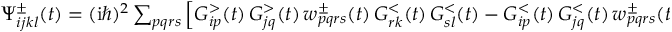
\begin{array} { r } { \Psi _ { i j k l } ^ { \pm } ( t ) = ( \mathrm { i } \hbar ) ^ { 2 } \sum _ { p q r s } \left[ G _ { i p } ^ { > } ( t ) \, G _ { j q } ^ { > } ( t ) \, w _ { p q r s } ^ { \pm } ( t ) \, G _ { r k } ^ { < } ( t ) \, G _ { s l } ^ { < } ( t ) - G _ { i p } ^ { < } ( t ) \, G _ { j q } ^ { < } ( t ) \, w _ { p q r s } ^ { \pm } ( t ) \, G _ { r k } ^ { > } ( t ) \, G _ { s l } ^ { > } ( t ) \right] \, . } \end{array}